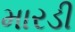
મારડી